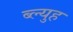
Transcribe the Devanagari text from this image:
ब्ल्युह